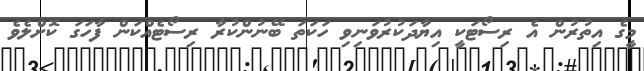
މީގެ އިތުރުން އެ ރިސޯޓަކީ އިޔާދަކުރުވަނިވި ހަކަތަ ބޭނުންކުރާ ރިސޯޓެއްކަން ފާހަގަ ކޮށްލެވެ